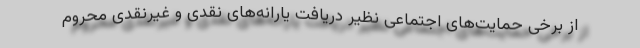
از برخی حمایت‌های اجتماعی نظیر دریافت یارانه‌های نقدی و غیرنقدی محروم